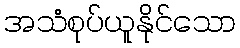
အသံစုပ်ယူနိုင်သော